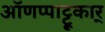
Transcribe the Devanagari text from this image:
ऑणप्पाट्टू़कार्